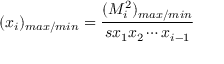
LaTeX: ( x _ { i } ) _ { m a x / m i n } = \frac { ( M _ { i } ^ { 2 } ) _ { m a x / m i n } } { s x _ { 1 } x _ { 2 } \cdots x _ { i - 1 } }